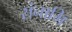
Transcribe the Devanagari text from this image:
संनाभि